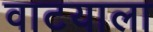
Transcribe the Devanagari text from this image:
वाटयाला